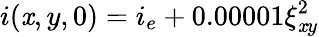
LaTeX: i(\mathit{x},y,0)=i_{e}+0.00001\xi_{\mathit{x}y}^{2}